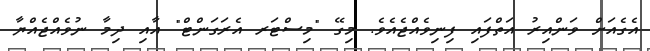
އެގެއަށް ވަންއިރު އަތްފައި ފިނިވެއްޖެއެވެ. މިގޭ "މިސްޓަރ އެރަގަންޓް" އާއި ދިމާ ނުވެއްޖެއްޔާ